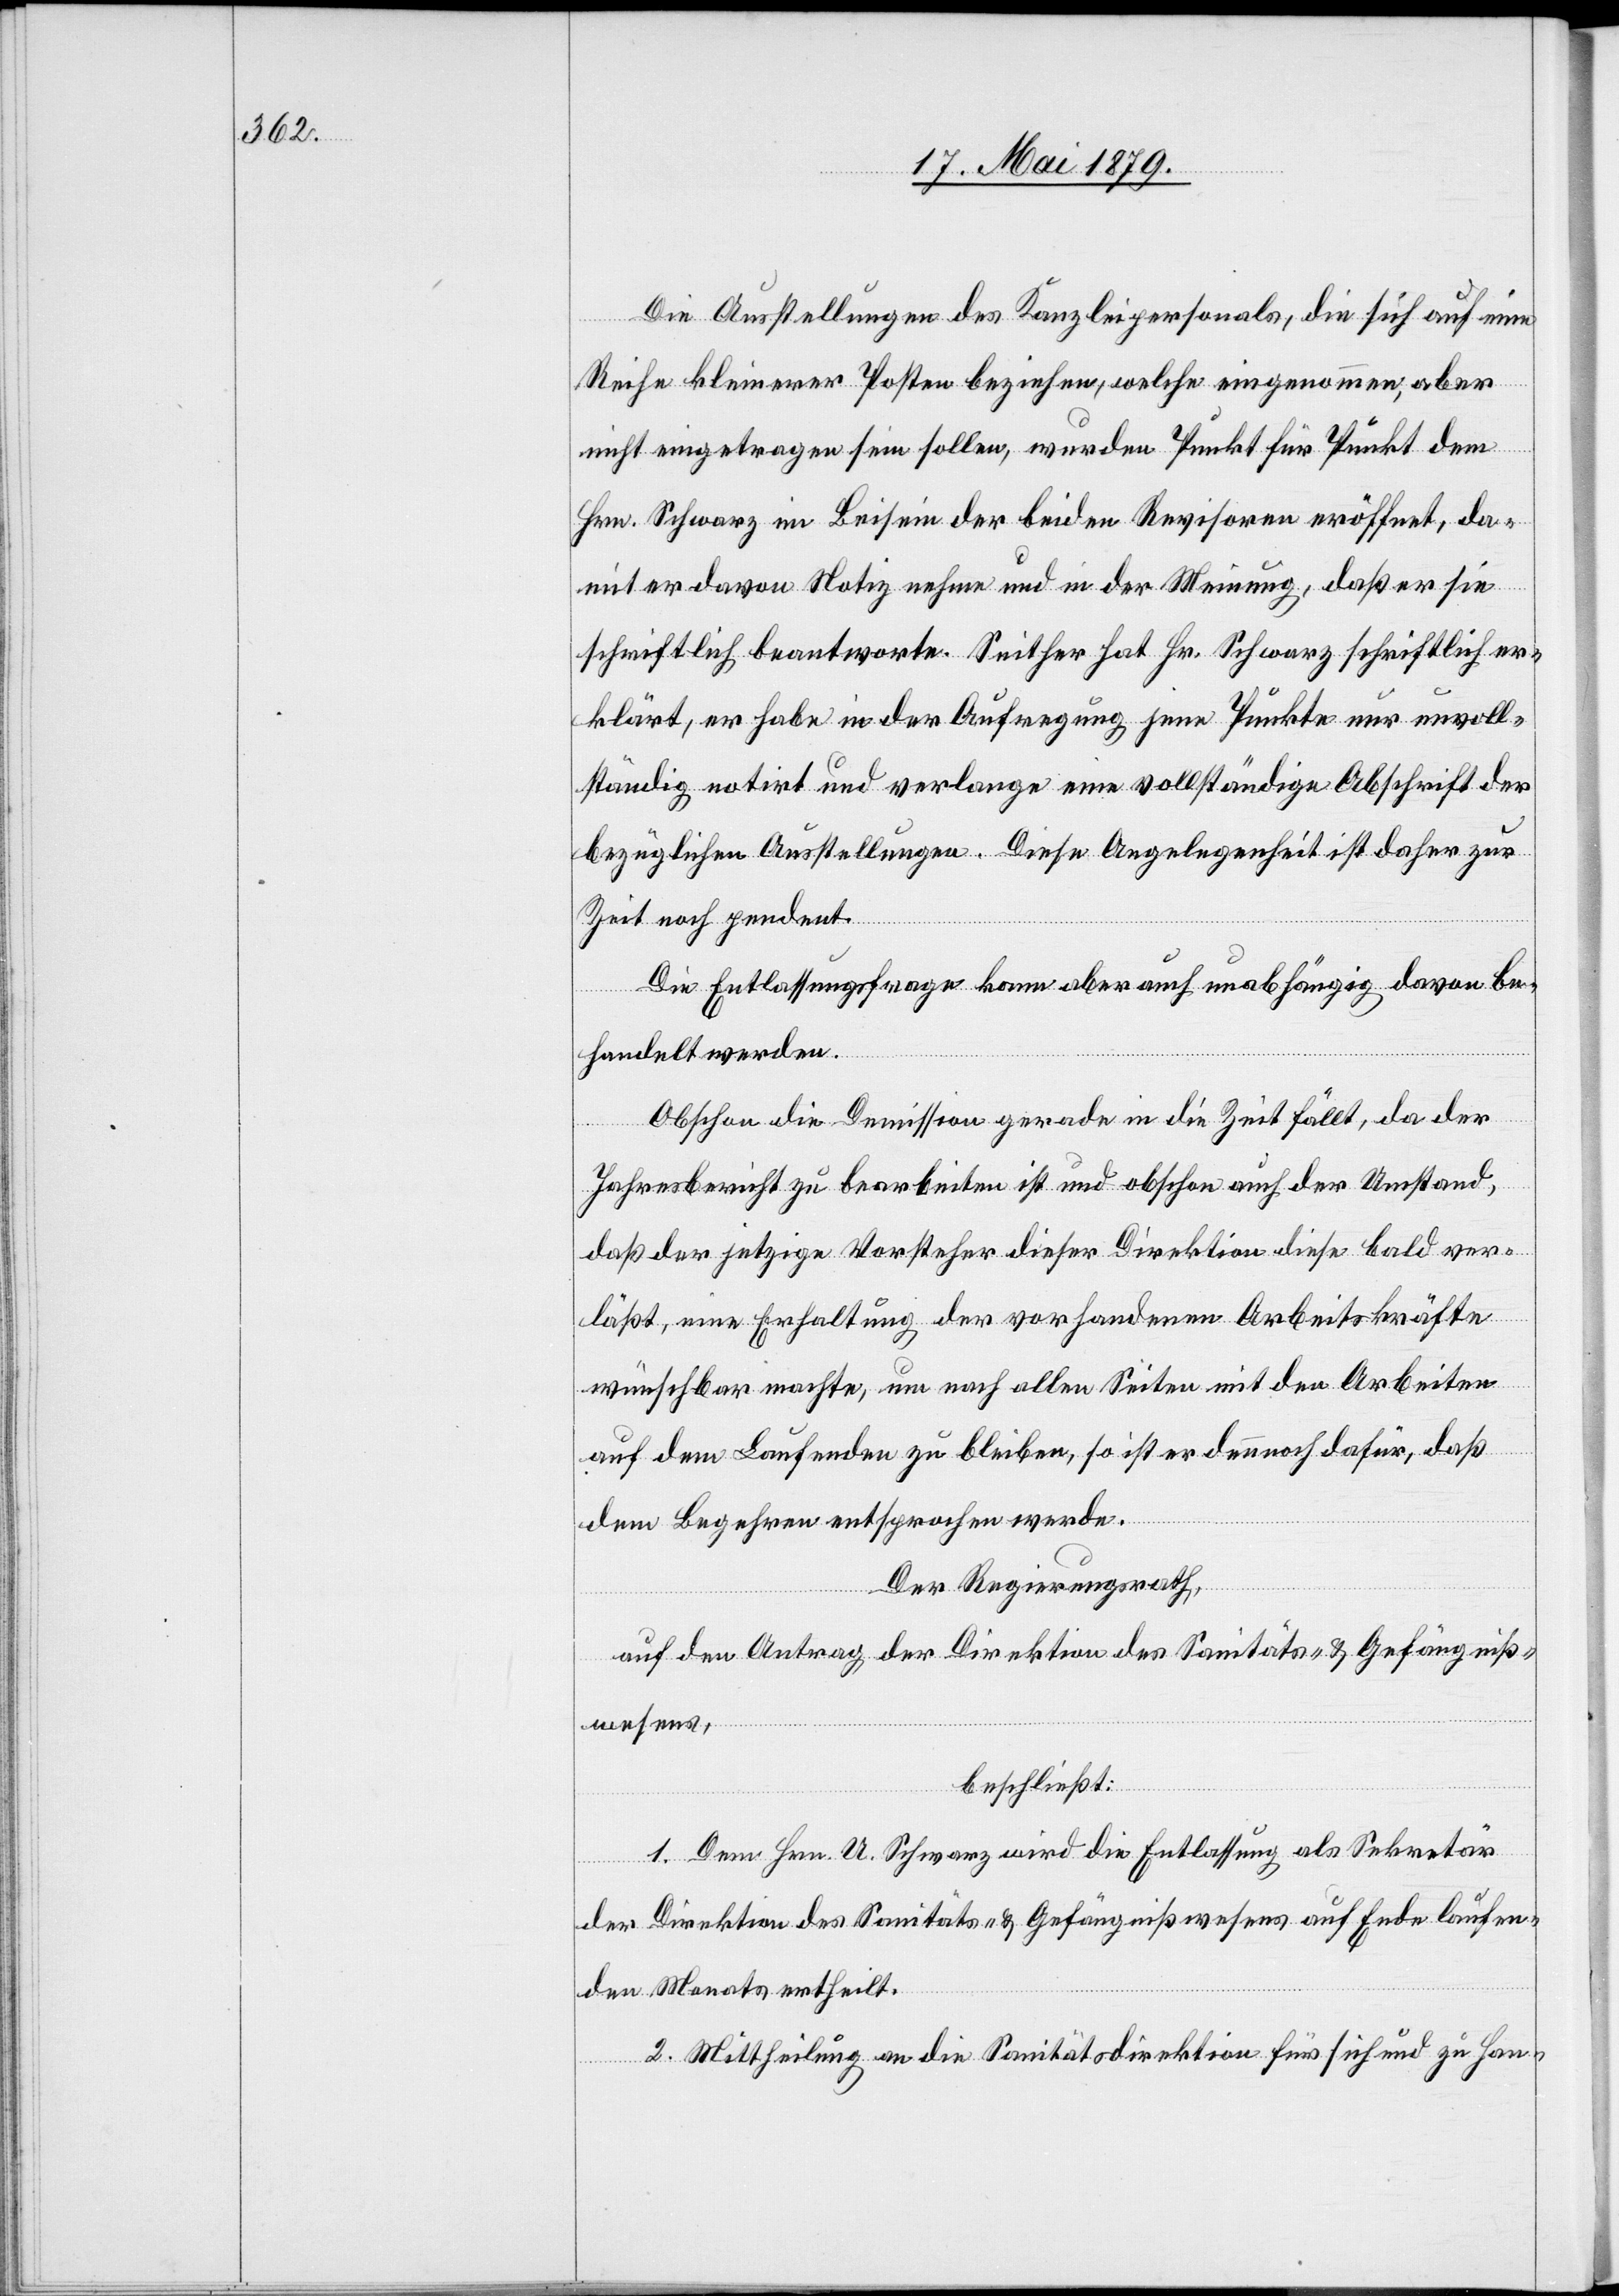
Die Ausstellungen des Kanzleipersonals, die sich auf eine
Reihe kleinerer Posten beziehen, welche eingenommen, aber
nicht eingetragen sein sollen, wurden Punkt für Punkt dem
Hrn. Schwarz im Beisein der beiden Revisoren eröffnet, da¬
mit er davon Notiz nehme und in der Meinung, daß er sie
schriftlich beantworte. Seither hat Hr. Schwarz schriftlich er¬
klärt, er habe in der Aufregung jene Punkte nur unvoll¬
ständig notirt und verlange eine vollständige Abschrift der
bezüglichen Ausstellungen. Diese Angelegenheit ist daher zur
Zeit noch pendent.
Die Entlassungsfrage kann aber auch unabhängig davon be¬
handelt werden.
Obschon die Demission gerade in die Zeit fällt, da der
Jahresbericht zu bearbeiten ist und obschon auch der Umstand,
daß der jetzige Vorsteher dieser Direktion diese bald ver¬
läßt, eine Erhaltung der vorhandenen Arbeitskräfte
wünschbar machte, um nach allen Seiten mit den Arbeiten
auf dem Laufenden zu bleiben, so ist er dennnoch dafür, daß
dem Begehren entsprochen werde.
Der Regierungsrath,
auf den Antrag der Direktion des Sanitäts- & Gefängniß¬
wesens,
beschließt:
1. Dem Hrn. U. Schwarz wird die Entlassung als Sekretär
der Direktion des Sanitäts- & Gefängnißwesens auf Ende laufen¬
den Monats ertheilt.
2. Mittheilung an die Sanitätsdirektion für sich und zu Han-